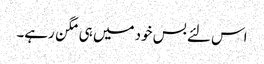
اس لئے بس خود میں ہی مگن رہے۔